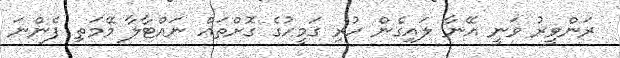
ރަންވީރު ވަނީ އޭނާ ލައިގެން ހުރި ގަމީހުގެ ގޮށްތައް ނައްޓާލާ މޭމަތި ފެންނަ